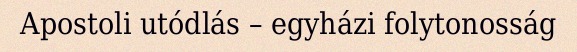
Apostoli utódlás – egyházi folytonosság